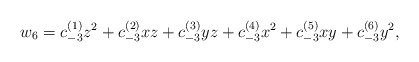
\begin{align*}w_6 = c_{-3}^{(1)} z^2 +c_{-3}^{(2)} xz + c_{-3}^{(3)} yz +c_{-3}^{(4)} x^2 + c_{-3}^{(5)} xy + c_{-3}^{(6)} y^2,\end{align*}